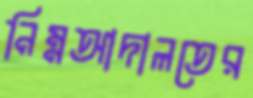
নিম্নআদালতের